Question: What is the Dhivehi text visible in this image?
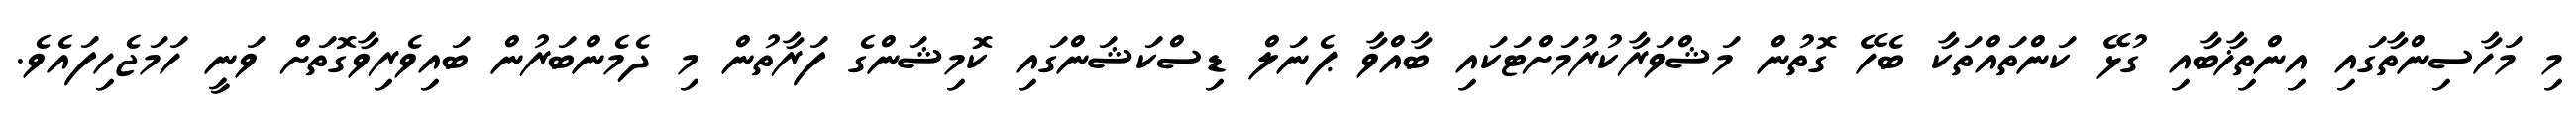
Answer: މި މަހާސިންތާގައި އިންތިޚާބާއި ގުޅޭ ކަންތައްތަކާ ބެހޭ ގޮތުން މަޝްވަރާކުރުމަށްޓަކައި ބާއްވާ ޕެނަލް ޑިސްކަޝަންގައި ކޮމިޝަންގެ ފަރާތުން މި ދެމެންބަރުން ބައިވެރިވާގޮތަށް ވަނީ ހަމަޖެހިފައެވެ.